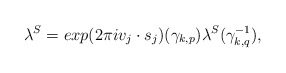
\begin{align*} \lambda^{S} = exp(2\pi iv_j\cdot s_j)({\gamma}_{k,p}) \lambda^{S}({\gamma}_{k,q}^{-1}),\end{align*}